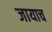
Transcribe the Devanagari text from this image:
जायाच